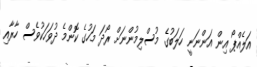
އަލެއްޕޯ އިން އަންނަނީ ހަލަބުގެ މުސްލިމުންނަށް ރޯދަ މަހުގެ ކޮންމެ ދުވަހަކުވެސް ހާރާއި